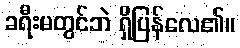
ခရီးမတွင်ဘဲ ရှိပြန်လေ၏။